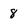
Character: 8